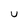
Character: u